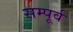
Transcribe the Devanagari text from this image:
सम्पूर्व